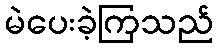
မဲပေးခဲ့ကြသည်